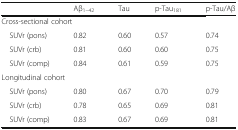
|  | Aβ1–42 | Tau | p-Tau181 | p-Tau/Aβ |
 | --- | --- | --- | --- | --- |
 | <COLSPAN=5> Cross-sectional cohort |
 | SUVr (pons) | 0.82 | 0.60 | 0.57 | 0.74 |
 | SUVr (crb) | 0.81 | 0.60 | 0.60 | 0.75 |
 | SUVr (comp) | 0.84 | 0.61 | 0.59 | 0.75 |
 | <COLSPAN=5> Longitudinal cohort |
 | SUVr (pons) | 0.80 | 0.67 | 0.70 | 0.79 |
 | SUVr (crb) | 0.78 | 0.65 | 0.69 | 0.81 |
 | SUVr (comp) | 0.83 | 0.67 | 0.69 | 0.81 |